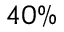
4 0 \%